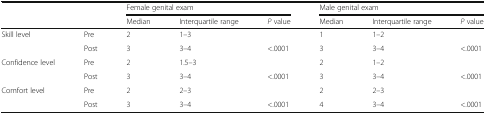
<table><thead><tr><td rowspan="2"></td><td rowspan="2"></td><td colspan="3"><b>Female genital exam</b></td><td colspan="3"><b>Male genital exam</b></td></tr><tr><td><b>Median</b></td><td><b>Interquartile range</b></td><td><b><i>P</i> value</b></td><td><b>Median</b></td><td><b>Interquartile range</b></td><td><b><i>P</i> value</b></td></tr></thead><tbody><tr><td rowspan="2">Skill level</td><td>Pre</td><td>2</td><td>1–3</td><td></td><td>1</td><td>1–2</td><td></td></tr><tr><td>Post</td><td>3</td><td>3–4</td><td>&lt;.0001</td><td>3</td><td>3–4</td><td>&lt;.0001</td></tr><tr><td rowspan="2">Confidence level</td><td>Pre</td><td>2</td><td>1.5–3</td><td></td><td>2</td><td>1–2</td><td></td></tr><tr><td>Post</td><td>3</td><td>3–4</td><td>&lt;.0001</td><td>3</td><td>3–4</td><td>&lt;.0001</td></tr><tr><td rowspan="2">Comfort level</td><td>Pre</td><td>2</td><td>2–3</td><td></td><td>2</td><td>2–3</td><td></td></tr><tr><td>Post</td><td>3</td><td>3–4</td><td>&lt;.0001</td><td>4</td><td>3–4</td><td>&lt;.0001</td></tr></tbody></table>